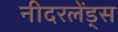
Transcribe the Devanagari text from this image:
नीदरलेंड्स